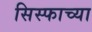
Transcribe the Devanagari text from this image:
सिस्फाच्या